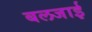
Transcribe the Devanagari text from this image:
बलजाई